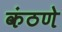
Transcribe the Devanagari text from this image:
कंठणे